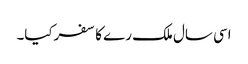
اسی سال ملک رے کا سفرکیا۔